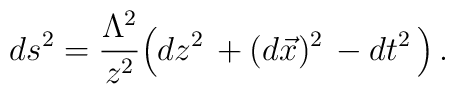
ds^2=\frac {\Lambda^2 }{ z^2}\Big( dz^2 \,+(d\vec x)^2\,- dt^2 \,\Big)\,.